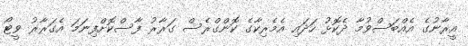
އީރާނުގެ އެއްބަސްވުމާ ދެކޮޅު ހަދައި އެމެރިކާގެ ކޮންގްރެސް ގަރާރު ފާސްކޮށްފިނަމަ އެގަރާރު ވީޓޯ